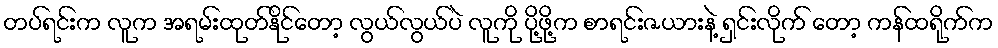
တပ်ရင်းက လူက အရမ်းထုတ်နိုင်တော့ လွယ်လွယ်ပဲ လူကို ပို့ဖို့က စာရင်းဇယားနဲ့ ရှင်းလိုက် တော့ ကန်ထရိုက်က